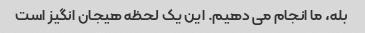
بله، ما انجام می دهیم. این یک لحظه هیجان انگیز است